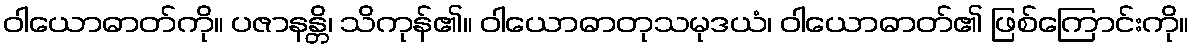
ဝါယောဓာတ်ကို။ ပဇာနန္တိ၊ သိကုန်၏။ ဝါယောဓာတုသမုဒယံ၊ ဝါယောဓာတ်၏ ဖြစ်ကြောင်းကို။